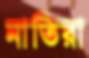
নাতিরা